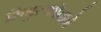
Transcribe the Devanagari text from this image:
सिबुल्कोवाने